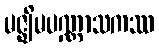
မဇ္ဈိမပဏ္ဏာသကဿ